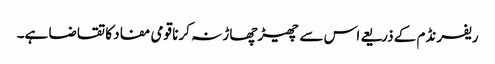
ریفرنڈم کے ذریعے اس سے چھیڑچھاڑ نہ کرنا قومی مفاد کا تقاضا ہے۔